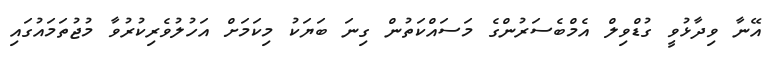
އޭނާ ވިދާޅުވީ ގުޑްވިލް އެމްބެސަރުންގެ މަސައްކަތުން ގިނަ ބަޔަކު މިކަމަށް އަހުލުވެރިކުރުވާ މުޖުތަމައުގައި